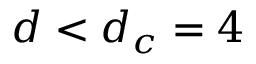
d < d _ { c } = 4